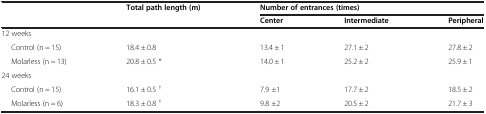
<table><thead><tr><td><b> </b></td><td><b>Total path length (m)</b></td><td colspan="3"><b>Number of entrances (times)</b></td></tr><tr><td><b> </b></td><td><b> </b></td><td><b>Center</b></td><td><b>Intermediate</b></td><td><b>Peripheral</b></td></tr></thead><tbody><tr><td>12 weeks</td><td> </td><td> </td><td> </td><td> </td></tr><tr><td>Control (n = 15)</td><td>18.4 ± 0.8</td><td>13.4 ± 1</td><td>27.1 ± 2</td><td>27.8 ± 2</td></tr><tr><td>Molarless (n = 13)</td><td>20.8 ± 0.5 *</td><td>14.0 ± 1</td><td>25.2 ± 2</td><td>25.9 ± 1</td></tr><tr><td>24 weeks</td><td> </td><td> </td><td> </td><td> </td></tr><tr><td>Control (n = 15)</td><td>16.1 ± 0.5 <sup>†</sup></td><td>7.9 ±1</td><td>17.7 ± 2</td><td>18.5 ± 2</td></tr><tr><td>Molarless (n = 6)</td><td>18.3 ± 0.8 <sup>†</sup></td><td>9.8 ±2</td><td>20.5 ± 2</td><td>21.7 ± 3</td></tr></tbody></table>